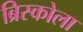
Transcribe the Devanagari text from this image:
ब्रिस्कोला